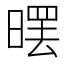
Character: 𣉳